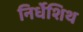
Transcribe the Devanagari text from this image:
निर्धेशिथ